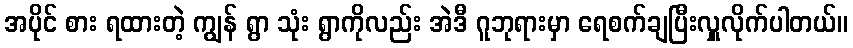
အပိုင် စား ရထားတဲ့ ကျွန် ရွာ သုံး ရွာကိုလည်း အဲဒီ ဂူဘုရားမှာ ရေစက်ချပြီးလှူလိုက်ပါတယ်။